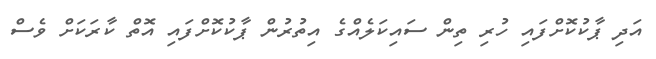
އަދި ޕާކުކޮށްފައި ހުރި ތިން ސައިކަލެއްގެ އިތުރުން ޕާކުކޮށްފައި އޮތް ކާރަކަށް ވެސް